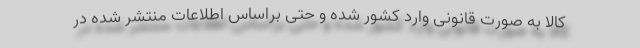
کالا به صورت قانونی وارد کشور شده و حتی براساس اطلاعات منتشر شده در